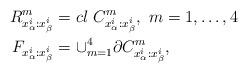
LaTeX: \begin{align*}R_{x^i_{\alpha}:x^i_{\beta}}^{m}&=cl\ C_{x^i_{\alpha}:x^i_{\beta}}^m,\ m=1,\ldots, 4\\F_{x^i_{\alpha}:x^i_{\beta}}&=\cup_{m=1}^4 \partial C_{x^i_{\alpha}:x^i_{\beta}}^m,\end{align*}